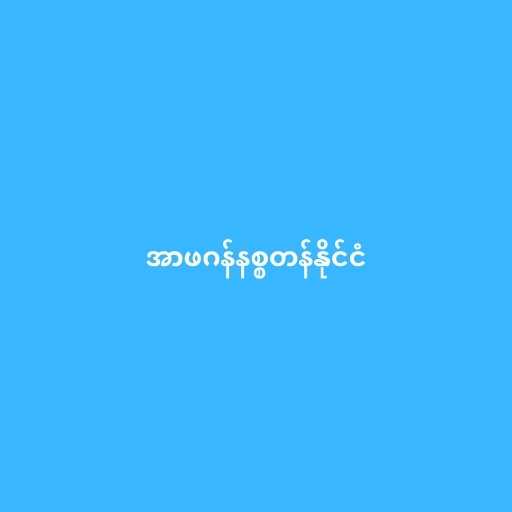
အာဖဂန်နစ္စတန်နိုင်ငံ